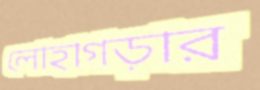
লোহাগড়ার